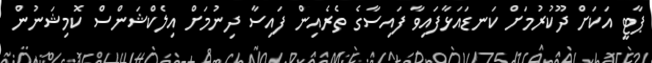
ޕާޓީ އަކަށް ދޫކުރުމަށް ކަނޑައަޅާފައިވާ ފައިސާގެ ތެރެއިން ފައިސާ ދިނުމަށް އިލެކްޝަންސް ކޮމިޝަނުން